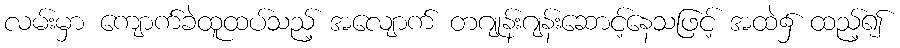
လမ်းမှာ ကျောက်ခဲထူထပ်သည့် အလျောက် တဂျုန်းဂျန်းဆောင့်နေသဖြင့် အထဲ၌ ထည့်၍